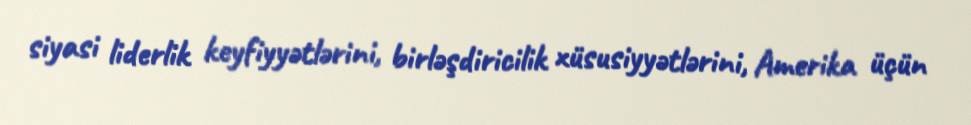
siyasi liderlik keyfiyyətlərini, birləşdiricilik xüsusiyyətlərini, Amerika üçün